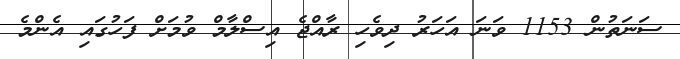
ސަނަތުން 1153 ވަނަ އަހަރު ދިވެހި ރާއްޖެ އިސްލާމް ވުމަށް ފަހުގައި އެންމެ